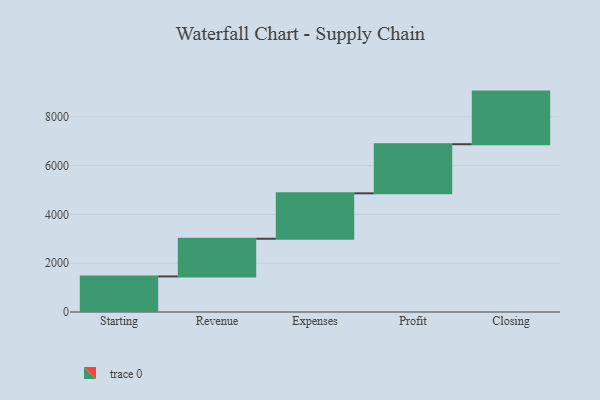
{"axis": {"x": "Step", "y": "Value"}, "legend": [""], "data": [{"x": "Starting", "y": 1457.0, "type": ""}, {"x": "Revenue", "y": 1546.0, "type": ""}, {"x": "Expenses", "y": 1861.0, "type": ""}, {"x": "Profit", "y": 2013.0, "type": ""}, {"x": "Closing", "y": 2157.0, "type": ""}]}